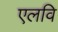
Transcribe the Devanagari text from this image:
एलवि